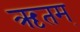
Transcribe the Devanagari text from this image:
ऋतम्